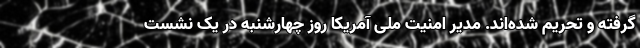
گرفته و تحریم شده‌اند. مدیر امنیت ملی آمریکا روز چهارشنبه در یک نشست